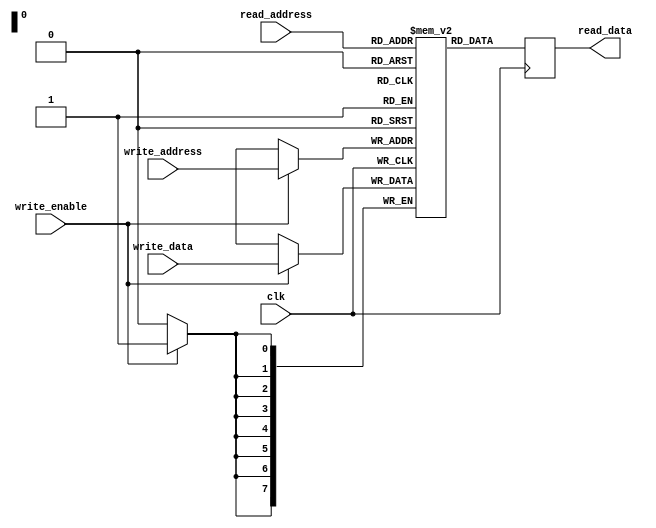
module DualPortRAM(
    input wire clk,
    input wire write_enable,
    input wire [7:0] write_data,
    input wire [7:0] write_address,
    output reg [7:0] read_data,
    input wire [7:0] read_address
);

reg [7:0] mem [0:255];

always @ (posedge clk) begin
    if(write_enable) begin
        mem[write_address] <= write_data;
    end

    read_data <= mem[read_address];
end

endmodule